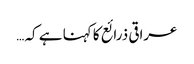
عراقی ذرائع کا کہنا ہے کہ …